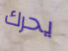
يحرك